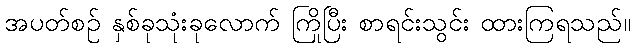
အပတ်စဉ် နှစ်ခုသုံးခုလောက် ကြိုပြီး စာရင်းသွင်း ထားကြရသည်။